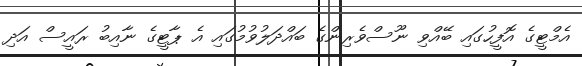
އެމްޓީގެ އޮފީހުގައި ބޭއްވި ނޫސްވެރިންގެ ބައްދަލުވުމުގައި އެ ޕާޓީގެ ނާއިބު ރައީސް އަދި